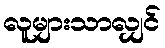
လူများသာလျှင်